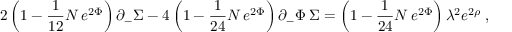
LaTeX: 2 \left( 1 - { \frac { 1 } { 1 2 } } N \, e ^ { 2 \Phi } \right) \partial _ { - } \Sigma - 4 \left( 1 - { \frac { 1 } { 2 4 } } N \, e ^ { 2 \Phi } \right) \partial _ { - } \Phi \, \Sigma = \left( 1 - { \frac { 1 } { 2 4 } } N \, e ^ { 2 \Phi } \right) \lambda ^ { 2 } e ^ { 2 \rho } \; ,